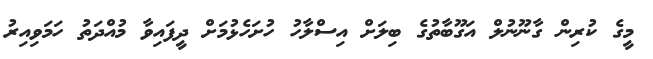
މީގެ ކުރިން ގާނޫނުލް އަގޫބާތުގެ ބިލަށް އިސްލާހު ހުށަހެޅުމަށް ދީފައިވާ މުއްދަތު ހަމަވިއިރު